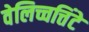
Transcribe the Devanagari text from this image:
वेलिच्चत्तिंटे